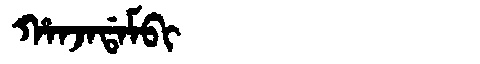
Manchu: ᡥᠠᠨᠵᠠᡩᠠᠮᠪᡳ
Romanization: HANJADAMBI